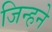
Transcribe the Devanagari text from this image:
जिन्हने